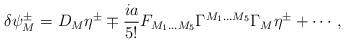
LaTeX: \begin{align*}\delta\psi^\pm_M=D_M\eta^\pm \mp\frac{ia}{5!} F_{M_1\ldots M_5} \Gamma^{M_1\ldots M_5} \Gamma_M\eta^\pm +\cdots,\end{align*}